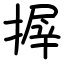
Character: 搱